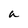
Character: a